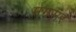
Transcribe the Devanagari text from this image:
मगसर